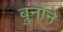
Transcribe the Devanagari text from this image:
ब्रुनोने